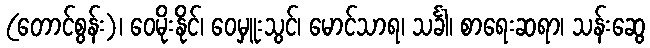
(တောင်စွန်း)၊ ဝေမိုးနိုင်၊ ဝေမှူးသွင်၊ မောင်သာရ၊ သင်္ခါ၊ စာရေးဆရာ၊ သန်းဆွေ